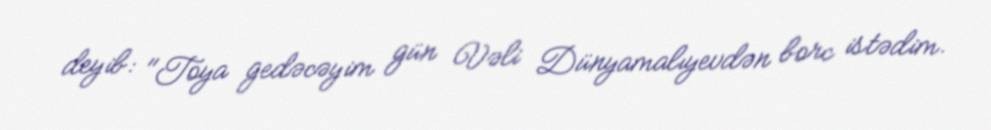
deyib: "Toya gedəcəyim gün Vəli Dünyamalıyevdən borc istədim.